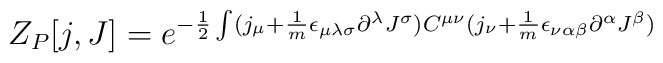
Z_{P}[j,J] = e^{-\frac {1}{2}\int(j_\mu + \frac{1}{m}\epsilon_ {\mu \lambda \sigma}\partial^{\lambda}J^{\sigma})C^{\mu \nu}(j_\nu + \frac{1}{m}\epsilon_{\nu \alpha \beta}\partial^{\alpha}J^\beta)}